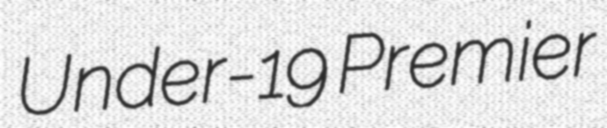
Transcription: Under-19 Premier